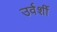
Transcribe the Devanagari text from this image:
उर्वर्शी